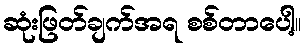
ဆုံးဖြတ်ချက်အရ စစ်တာပေါ့။